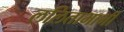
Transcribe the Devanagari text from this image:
ललिताभाभी